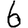
Digit: 6